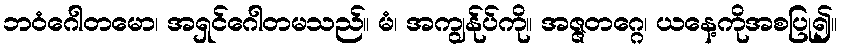
ဘဝံဂေါတမော၊ အရှင်ဂေါတမသည်။ မံ၊ အကျွန်ုပ်ကို။ အဇ္ဇတဂ္ဂေ၊ ယနေ့ကိုအစပြု၍။